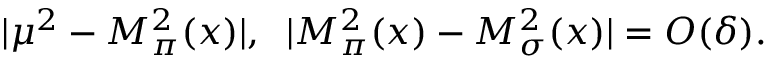
| \mu ^ { 2 } - M _ { \pi } ^ { 2 } ( x ) | , \; \; | M _ { \pi } ^ { 2 } ( x ) - M _ { \sigma } ^ { 2 } ( x ) | = O ( \delta ) .